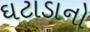
ઘટાડાનો